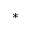
^ *